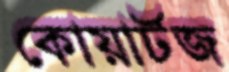
কোয়ার্টজ